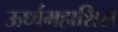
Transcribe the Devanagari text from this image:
ऊर्ध्वमहाशिरा